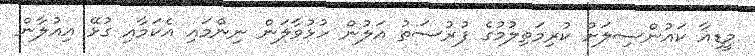
މީޑިއާ ކައުންސިލަށް ކުރިމަތިލުމުގެ ފުރުސަތު އަލުން ހުޅުވާލަން ނިންމައި އެކަމާއި ގުޅޭ އިއުލާން